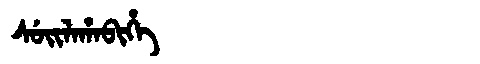
Manchu: ᠰᡠᡳᠯᠠᡥᠠᠪᡳᡥᡝ
Romanization: SUILAHABIHE